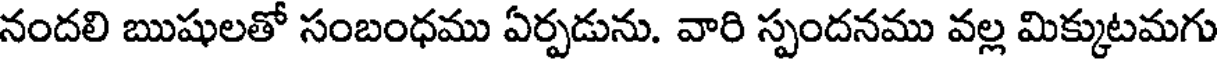
నందలి ఋషులతో సంబంధము ఏర్పడును. వారి స్పందనము వల్ల మిక్కుటమగు